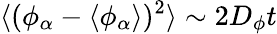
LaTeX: \langle(\phi_{\alpha}-\langle\phi_{\alpha}\rangle)^{2}\rangle\sim 2D_{\phi}t